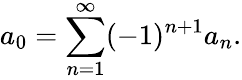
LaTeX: a_{0}=\sum_{n=1}^{\infty}(-1)^{n+1}a_{n}.